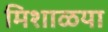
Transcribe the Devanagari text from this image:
मिशाळया